[Report on the health of British troops in the Madras command]
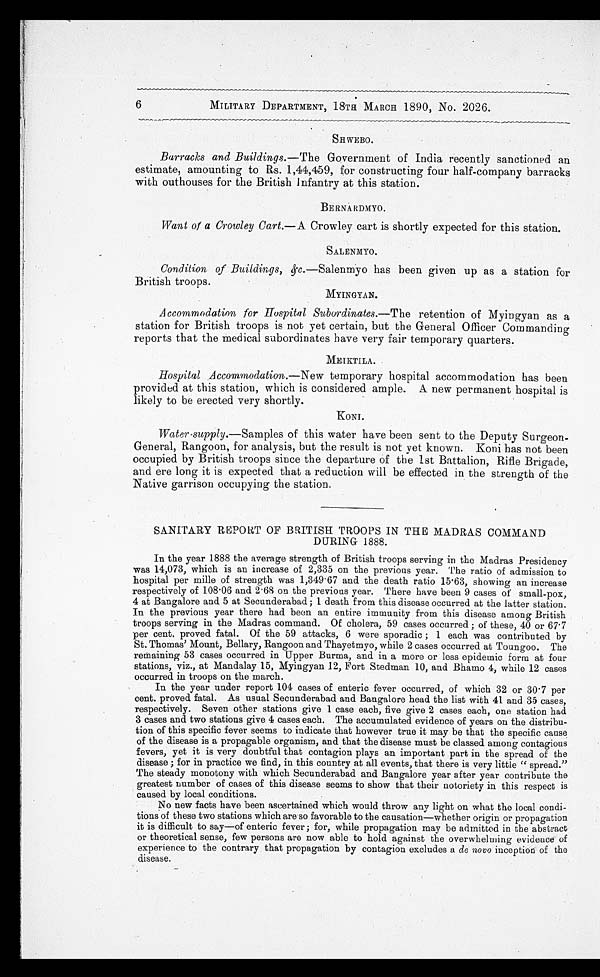
6
MILITARY DEPARTMENT, 18TH MARCH 1890, No. 2026.
SHWEBO. Barracks and Buildings.— The Government of India recently sanctioned an
estimate, amounting to Rs. 1,44,459, for constructing four half-company barracks
with outhouses for the British Infantry at this station.
BERNARDMYO.
Want of a Crowley Cart .—A Crowley cart is shortly expected for this station.
SALENMYO.
Condition of Buildings, &c.—Salenmyo has been given up as a station for
British troops.
MYINGYAN.
Accommodation for Hospital Subordinates .—The retention of Myingyan as a
station for British troops is not yet certain, but the General Officer Commanding
reports that the medical subordinates have very fair temporary quarters.
MEIKTILA.
Hospital Accommodation .—New temporary hospital accommodation has been
provided at this station, which is considered ample. A new permanent hospital is
likely to be erected very shortly.
KONI.
Water supply .—Samples of this water have been sent to the Deputy Surgeon
-General, Rangoon, for analysis, but the result is not yet known. Koni has not been
occupied by British troops since the departure of the 1st Battalion, Rifle Brigade,
and ere long it is expected that a reduction will be effected in the strength of the
Native garrison occupying the station.
SANITARY REPORT OF BRITISH TROOPS IN THE MADRAS COMMAND
DURING 1888.
In the year 1888 the average strength of British troops serving in the Madras Presidency
was 14,073, which is an increase of 2,335 on the previous year. The ratio of admission to
hospital per mills of strength was 1,349.67 and the death ratio 15.63, showing an increase
respectively of 108.06 and 2.68 on the previous year. There have been 9 cases of small-pox,
4 at Bangalore and 5 at Secunderabad; 1 death from this disease occurred at the latter station.
In the previous year there had been an entire immunity from this disease among British
troops serving in the Madras command. Of cholera, 59 cases occurred; of these, 40 or 67.7
per cent. proved fatal. Of the 59 attacks, 6 were sporadic; 1 each was contributed by
St. Thomas' Mount, Bellary, Rangoon and Thayetmyo, while 2 cases occurred at Toungoo. The
remaining 53 cases occurred in Upper Burma, and in a more or less epidemic form at four
stations, viz., at Mandalay 15, Myingyan 12, Fort Stedman 10, and Bhamo 4, while 12 cases
occurred in troops on the march.
In the year under report 104 cases of enteric fever occurred, of which 32 or 30.7 per
cent. proved fatal. As usual Secunderabad and Bangalore head the list with 41 and 35 cases,
respectively. Seven other stations give 1 case each, five give 2 cases each, one station had
3 cases and two stations give 4 cases each. The accumulated evidence of years on the distribu
-tion of this specific fever seems to indicate that however true it may be that the specific cause
of the disease is a propagable organism, and that the disease must be classed among contagious
fevers, yet it is very doubtful that contagion plays an important part in the spread of the
disease; for in practice we find, in this country at all events, that there is very little "spread."
The steady monotony with which Secunderabad and Bangalore year after year contribute the
greatest number of cases of this disease seems to show that their notoriety in this respect is
caused by local conditions.
No new facts have been ascertained which would throw any light on what the local condi
-tions of these two stations which are so favorable to the causation—whether origin or propagation
it is difficult to say—of enteric fever; for, while propagation may be admitted in the abstract
or theoretical sense, few persons are now able to hold against the overwhelming evidence of
experience to the contrary that propagation by contagion excludes a de novo inception of the
disease.